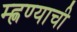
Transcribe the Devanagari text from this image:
म्ह्णण्याची